Report on vaccination in Madras 1877-1894 - 1877-1894
Year: 1877
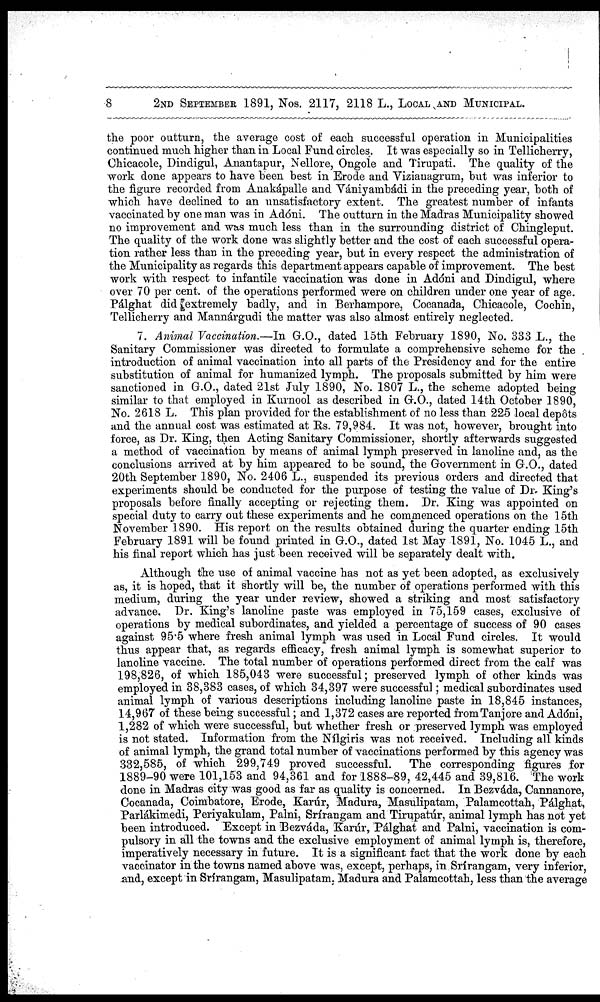
8
2ND SEPTEMBER 1891, Nos. 2117, 2118 L., LOCAL AND MUNICIPAL.
the poor outturn, the average cost of each successful operation in Municipalities
continued much higher than in Local Fund circles. It was especially so in Tellicherry,
Chicacole, Dindigul, Anantapur, Nellore, Ongole and Tirupati. The quality of the
work done appears to have been best in Erode and Vizianagrum, but was inferior to
the figure recorded from Anakápalle and Vániyambádi in the preceding year, both of
which have declined to an unsatisfactory extent. The greatest number of infants
vaccinated by one man was in Adóni. The outturn in the Madras Municipality showed
no improvement and was much less than in the surrounding district of Chingleput.
The quality of the work done was slightly better and the cost of each successful opera-
tion rather less than in the preceding year, but in every respect the administration of
the Municipality as regards this department appears capable of improvement. The best
work with respect to infantile vaccination was done in Adóni and Dindigul, where
over 70 per cent. of the operations performed were on children under one year of age.
Pálghat did extremely badly, and in Berhampore, Cocanada, Chicacole, Cochin,
Tellicherry and Mannárgudi the matter was also almost entirely neglected.
7. Animal Vaccination.—In G.O., dated 15th February 1890, No. 333 L., the
Sanitary Commissioner was directed to formulate a comprehensive scheme for the
introduction of animal vaccination into all parts of the Presidency and for the entire
substitution of animal for humanized lymph. The proposals submitted by him were
sanctioned in G.O., dated 21st July 1890, No. 1807 L., the scheme adopted being
similar to that employed in Kurnool as described in G.O., dated 14th October 1890,
No. 2618 L. This plan provided for the establishment of no less than 225 local depôts
and the annual cost was estimated at Rs. 79,984. It was not, however, brought into
force, as Dr. King, then Acting Sanitary Commissioner, shortly afterwards suggested
a method of vaccination by means of animal lymph preserved in lanoline and, as the
conclusions arrived at by him appeared to be sound, the Government in G.O., dated
20th September 1890, No. 2406 L., suspended its previous orders and directed that
experiments should be conducted for the purpose of testing the value of Dr. King's
proposals before finally accepting or rejecting them. Dr. King was appointed on
special duty to carry out these experiments and he commenced operations on the 15th
November 1890. His report on the results obtained during the quarter ending 15th
February 1891 will be found printed in G.O., dated 1st May 1891, No. 1045 L., and
his final report which has just been received will be separately dealt with.
Although the use of animal vaccine has not as yet been adopted, as exclusively
as, it is hoped, that it shortly will be, the number of operations performed with this
medium, during the year under review, showed a striking and most satisfactory
advance. Dr. King's lanoline paste was employed in 75,159 cases, exclusive of
operations by medical subordinates, and yielded a percentage of success of 90 cases
against 95.5 where fresh animal lymph was used in Local Fund circles. It would
thus appear that, as regards efficacy, fresh animal lymph is somewhat superior to
lanoline vaccine. The total number of operations performed direct from the calf was
198,826, of which 185,043 were successful; preserved lymph of other kinds was
employed in 38,383 cases, of which 34,397 were successful; medical subordinates used
animal lymph of various descriptions including lanoline paste in 18,845 instances,
14,967 of these being successful; and 1,372 cases are reported fromTanjore and Adóni,
1,282 of which were successful, but whether fresh or preserved lymph was employed
is not stated. Information from the Nílgiris was not received. Including all kinds
of animal lymph, the grand total number of vaccinations performed by this agency was
332,585, of which 299,749 proved successful. The corresponding figures for
1889-90 were 101,153 and 94,361 and for 1888-89, 42,445 and 39,816. The work
done in Madras city was good as far as quality is concerned. In Bezváda, Cannanore,
Cocanada, Coimbatore, Erode, Karúr, Madura, Masulipatam, Palamcottah, Pálghat,
Parlákimedi, Periyakulam, Palni, Srírangam and Tirupatúr, animal lymph has not yet
been introduced. Except in Bezváda, Karúr, Palghat and Palni, vaccination is com-
pulsory in all the towns and the exclusive employment of animal lymph is, therefore,
imperatively necessary in future. It is a significant fact that the work done by each
vaccinator in the towns named above was, except, perhaps, in Srírangam, very inferior,
and, except in Srírangam, Masulipatam, Madura and Palamcottah, less than the average